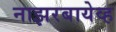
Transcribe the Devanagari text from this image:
नाझरबायेव्ह